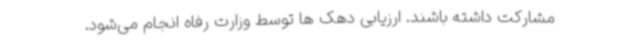
مشارکت داشته باشند. ارزیابی دهک ها توسط وزارت رفاه انجام می‌شود.